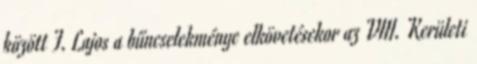
között F. Lajos a bűncselekménye elkövetésekor az VIII. Kerületi